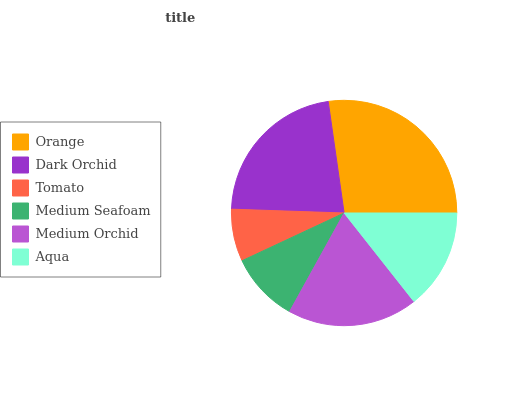
| Orange | Dark Orchid | Tomato | Medium Seafoam | Medium Orchid | Aqua |
 | --- | --- | --- | --- | --- | --- |
 | 27.2% | 22.3% | 7.5% | 10% | 18.6% | 14.4% |